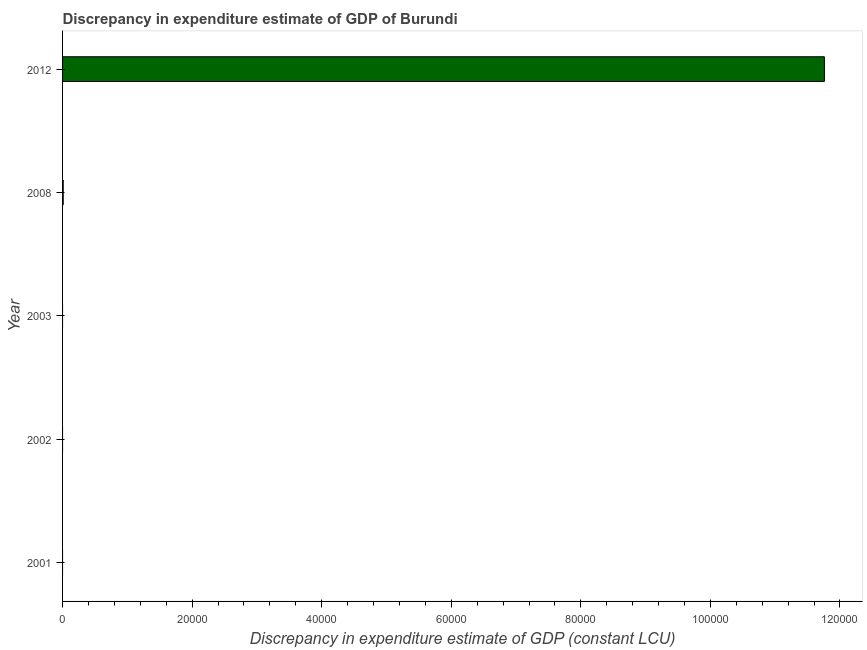
| Year | Discrepancy constant LCU |
 | --- | --- |
 | 2001 | -3.87e+05 |
 | 2002 | -2.94e+05 |
 | 2003 | -3.77e+05 |
 | 2008 | 100 |
 | 2012 | 1.18e+05 |